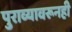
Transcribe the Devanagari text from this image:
पुराव्यावरूनही